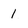
Character: l